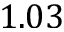
1 . 0 3